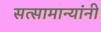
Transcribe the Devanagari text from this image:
सत्सामान्यांनी